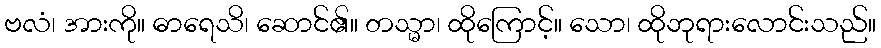
ဗလံ၊ အားကို။ ဓာရေသိ၊ ဆောင်၏။ တသ္မာ၊ ထိုကြောင့်။ သော၊ ထိုဘုရားလောင်းသည်။